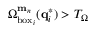
\Omega _ { \mathrm { b o x } _ { i } } ^ { \mathbf { m } _ { n } } ( \mathbf { q } _ { i } ^ { * } ) > T _ { \Omega }